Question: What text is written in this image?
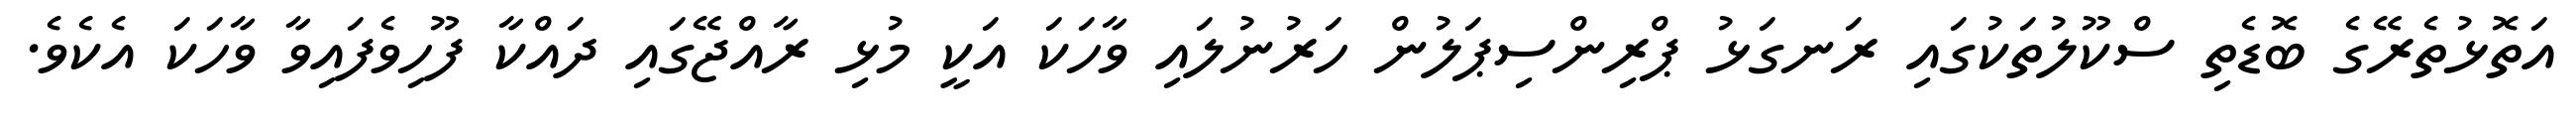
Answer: އަތޮޅުތެރޭގެ ބޮޑެތި ސްކޫލުތަކުގައި ރަނގަޅު ޕްރިންސިޕަލުން ހަރުނުލައި ވާހަކަ އަކީ މުޅި ރާއްޖޭގައި ދައްކާ ފޫހިވެފައިވާ ވާހަކަ އެކެވެ.